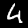
Digit: 4